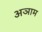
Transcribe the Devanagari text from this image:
अञाम